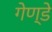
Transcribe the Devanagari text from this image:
गेण्डे